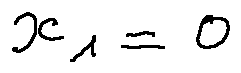
x _ { 1 } = 0